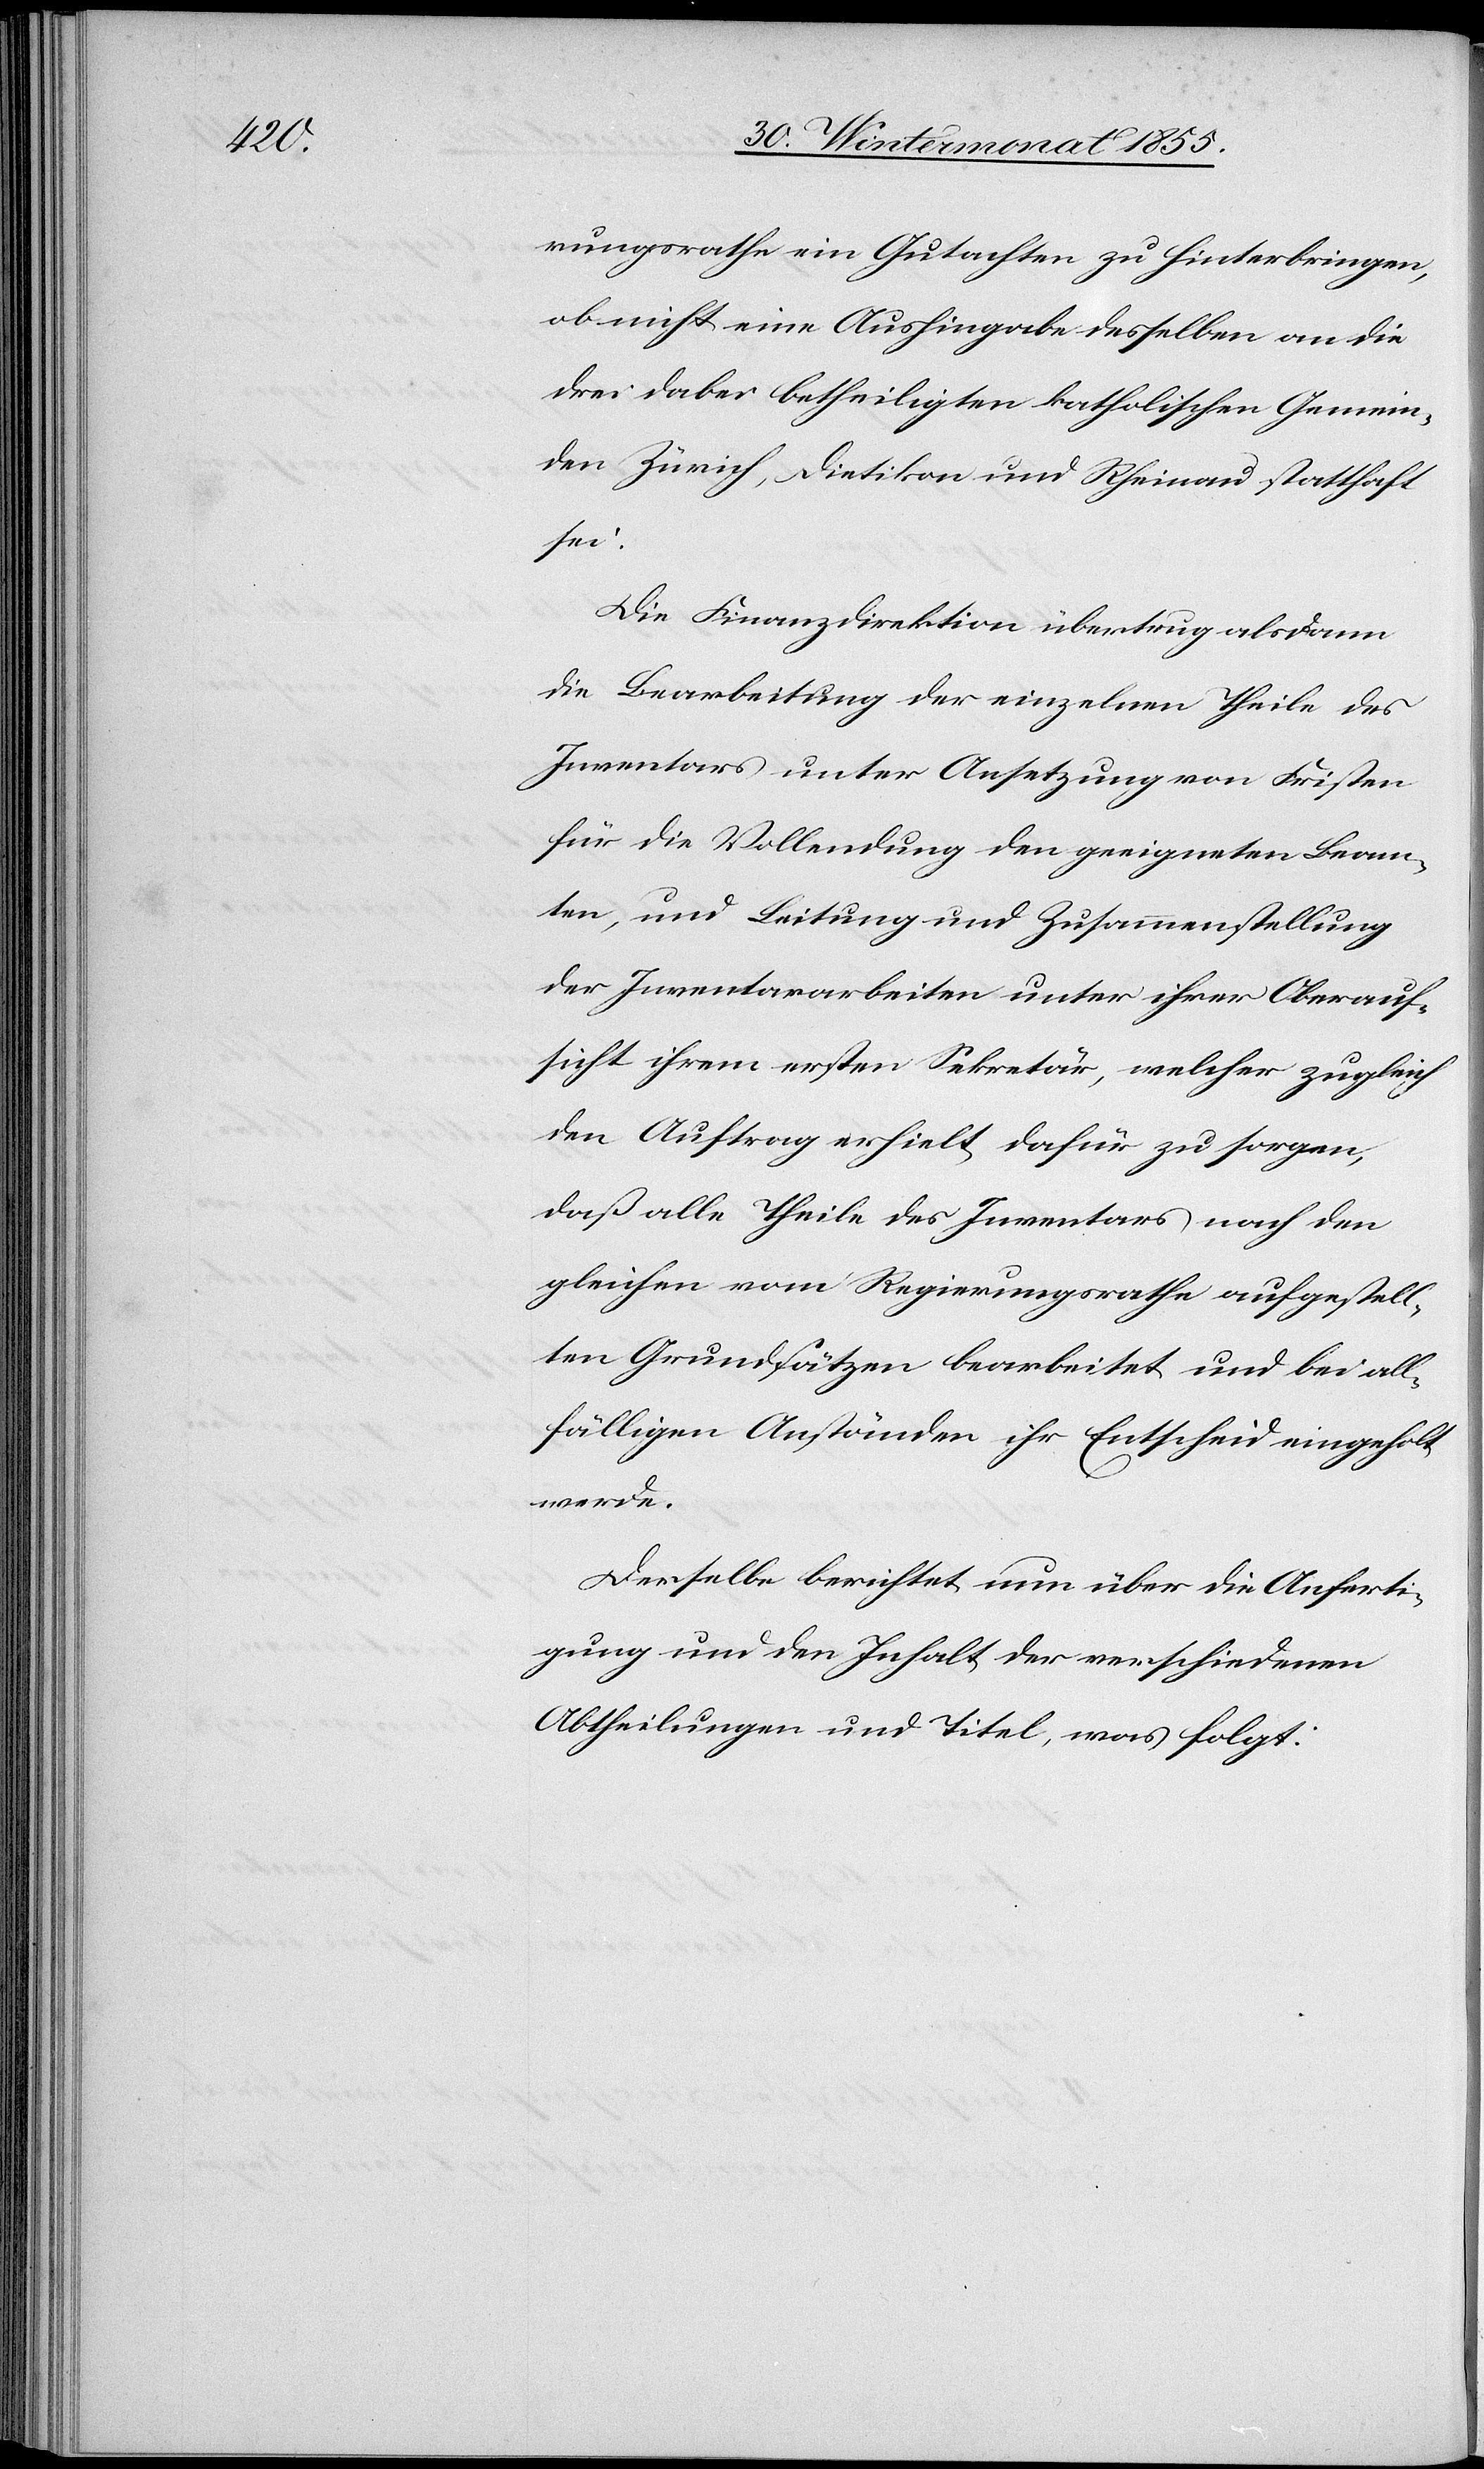
rungsrathe ein Gutachten zu hinterbringen,
ob nicht eine Aushingabe desselben an die
drei dabei betheiligten katholischen Gemein¬
den Zürich, Dietikon und Rheinau statthaft
sei.
Die Finanzdirektion übertrug alsdann
die Bearbeitung der einzelnen Theile des
Inventars unter Ansetzung von Fristen
für die Vollendung den geeigneten Beam¬
ten, und Leitung und Zusammenstellung
der Inventararbeiten unter ihrer Oberauf¬
sicht ihrem ersten Sekretär, welcher zugleich
den Auftrag erhielt, dafür zu sorgen,
daß alle Theile des Inventars nach den
gleichen vom Regierungsrathe aufgestell¬
ten Grundsätzen bearbeitet und bei all¬
fälligen Anständen ihr Entscheid eingeholt
werde.
Derselbe berichtet nun über die Anferti¬
gung und den Inhalt der verschiedenen
Abtheilungen und Titel, was folgt: